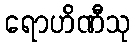
ရောဟိဏီသု